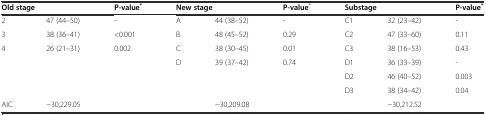
<table><thead><tr><td colspan="2"><b>Old stage</b></td><td><b>P-value<sup>*</sup></b></td><td colspan="2"><b>New stage</b></td><td><b>P-value<sup>*</sup></b></td><td colspan="2"><b>Substage</b></td><td><b>P-value<sup>*</sup></b></td></tr></thead><tbody><tr><td>2</td><td>47 (44–50)</td><td>-</td><td>A</td><td>44 (38–52)</td><td>-</td><td>C1</td><td>32 (23–42)</td><td>-</td></tr><tr><td>3</td><td>38 (36–41)</td><td>&lt;0.001</td><td>B</td><td>48 (45–52)</td><td>0.29</td><td>C2</td><td>47 (33–60)</td><td>0.11</td></tr><tr><td>4</td><td>26 (21–31)</td><td>0.002</td><td>C</td><td>38 (30–45)</td><td>0.01</td><td>C3</td><td>38 (16–53)</td><td>0.43</td></tr><tr><td></td><td></td><td></td><td>D</td><td>39 (37–42)</td><td>0.74</td><td>D1</td><td>36 (33–39)</td><td>-</td></tr><tr><td></td><td></td><td></td><td></td><td></td><td></td><td>D2</td><td>46 (40–52)</td><td>0.003</td></tr><tr><td></td><td></td><td></td><td></td><td></td><td></td><td>D3</td><td>38 (34–42)</td><td>0.04</td></tr><tr><td>AIC</td><td>-30,229.05</td><td></td><td></td><td>-30,209.08</td><td></td><td></td><td>-30,212.52</td><td></td></tr></tbody></table>